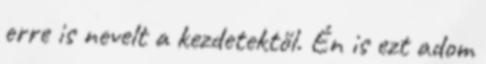
erre is nevelt a kezdetektől. Én is ezt adom